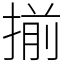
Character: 揃